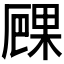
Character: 𠪧